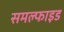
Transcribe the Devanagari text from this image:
समल्फाइड